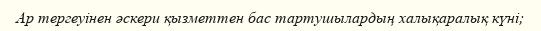
Ар тергеуінен әскери қызметтен бас тартушылардың халықаралық күні;